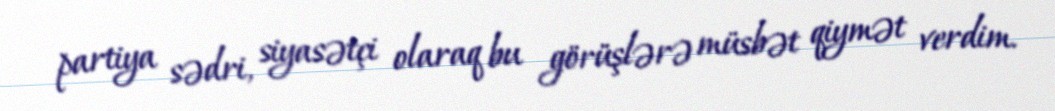
partiya sədri, siyasətçi olaraq bu görüşlərə müsbət qiymət verdim.